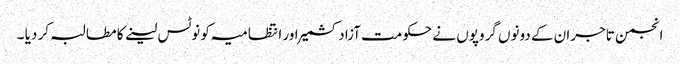
انجمن تاجران کے دونوں گروپوں نے حکومت آزادکشمیر اور انتظامیہ کو نوٹس لینے کا مطالبہ کر دیا ۔